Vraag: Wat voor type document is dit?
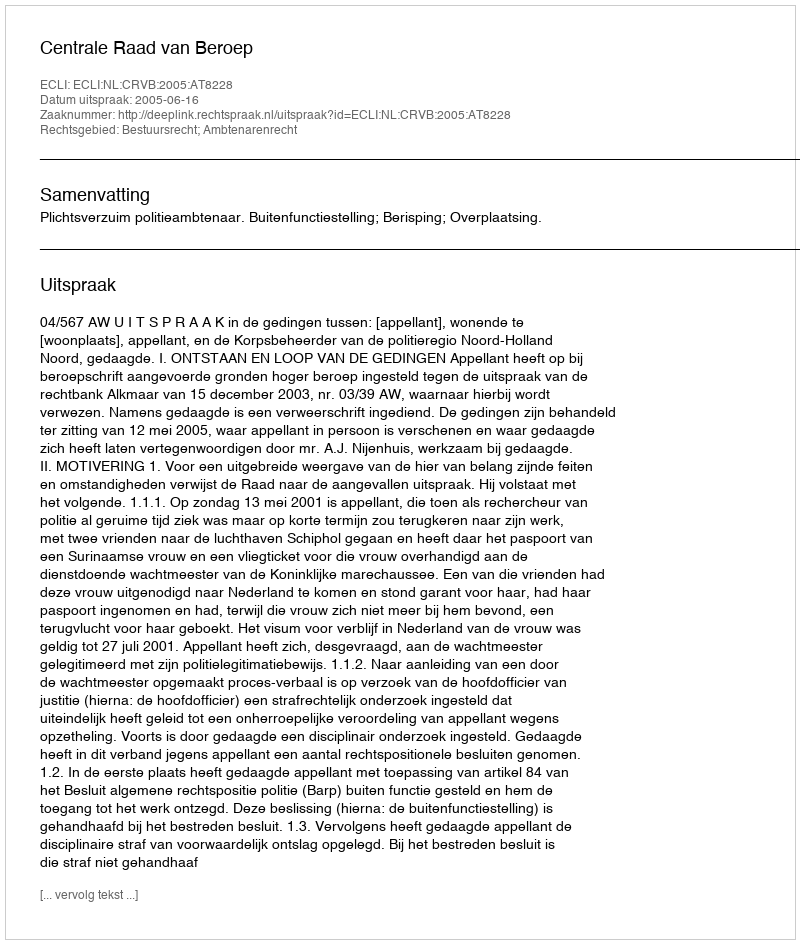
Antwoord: Uitspraak